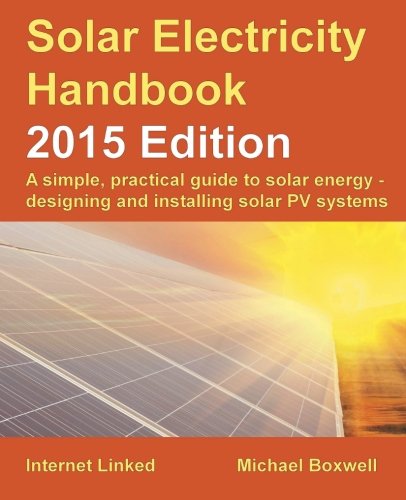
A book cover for Solar Electricity Handbook - 2015 Edition: A simple, practical guide to solar energy - designing and installing solar PV systems.; Michael Boxwell; Engineering & Transportation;